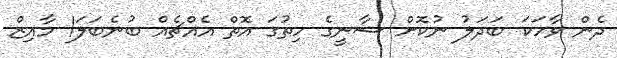
ދެން ވާހަކަ ބަދަލު ނުކޮށް ޝާނީގެ ހިތުގަ އޮތް އެއްޗެއް ބުނެބަލަ! މާއިޒް